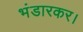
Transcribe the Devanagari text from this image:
भंडारकर।